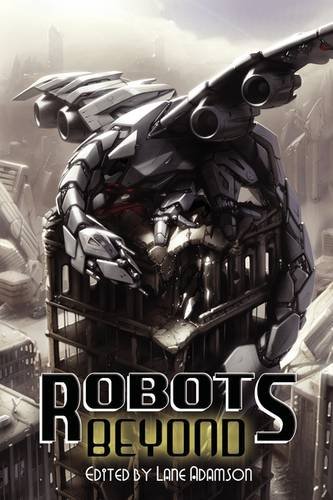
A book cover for Robots Beyond; Science Fiction & Fantasy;